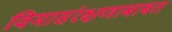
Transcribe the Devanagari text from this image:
विमासंरक्षणाबाबत